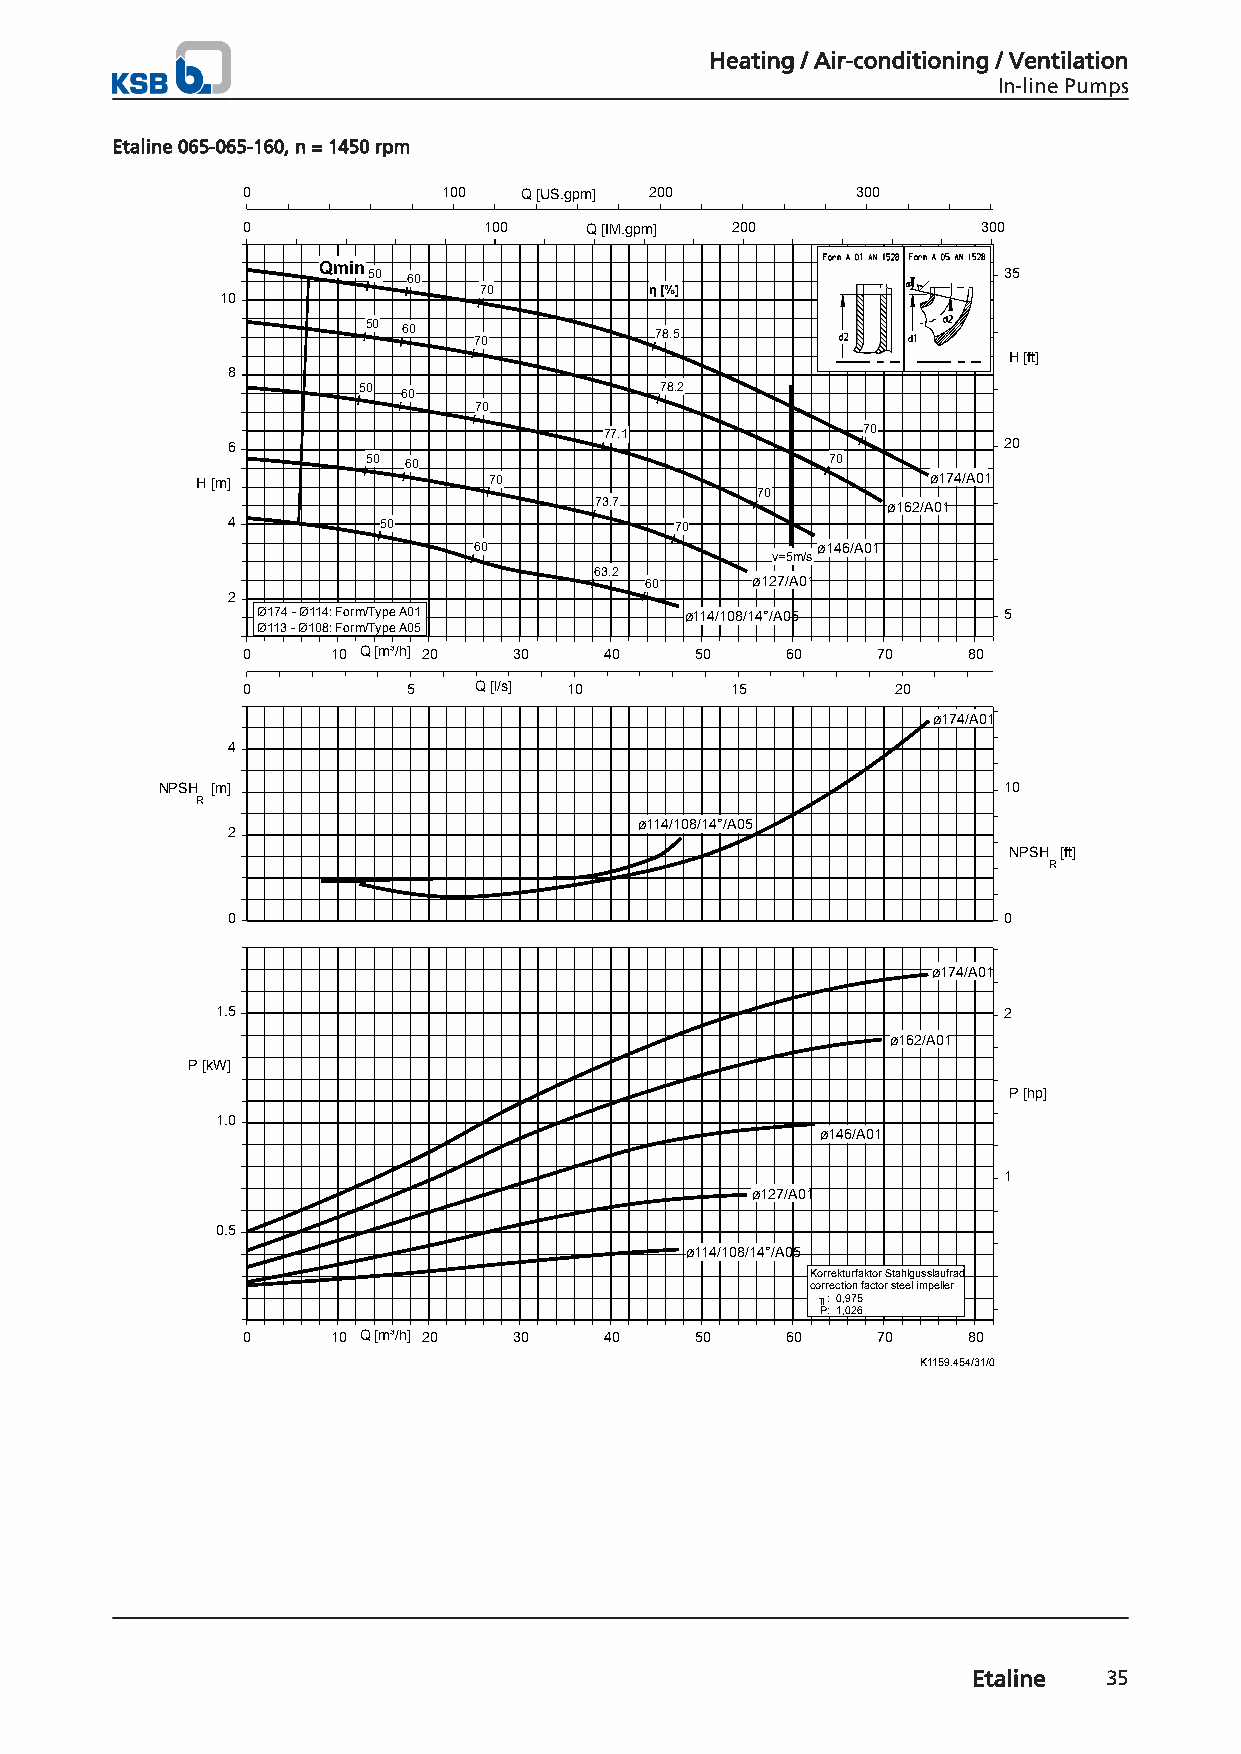
Heating / Air-conditioning / Ventilation
 In-line Pumps
 Etaline 065-065-160, n = 1450 rpm
 0            100   Q [US.gpm] 200        300
 0               100    Q [IM.gpm] 200            300
 Qmin
 50 60                                     35
 70         η [%]
 10
 50 60              78.5
 70
 H [ft]
 8
 50                  78.2
 60
 70
 77.1             70
 6                                                  20
 50 60                          70
 H [m]              70                            ø174/A01
 70
 73.7                ø162/A01
 4         50                  70
 60                     ø146/A01
 v=5m/s
 63.2
 60     ø127/A01
 2
 Ø174 - Ø114: Form/Type A01  ø114/108/14°/A05     5
 Ø113 - Ø108: Form/Type A05
 0     10 Q [m³/h] 20 30 40    50    60    70    80
 0          5   Q [l/s] 10       15         20
 ø174/A01
 4
 NPSH [m]                                                10
 R
 ø114/108/14°/A05
 2
 NPSH [ft]
 R
 0                                                  0
 ø174/A01
 1.5                                                 2
 ø162/A01
 P [kW]
 P [hp]
 1.0
 ø146/A01
 1
 ø127/A01
 0.5
 ø114/108/14°/A05
 Korrekturfaktor Stahlgusslaufrad
 correction factor steel impeller
 ╖: 0,975
 P: 1,026
 0     10 Q [m³/h] 20 30 40    50    60    70    80
 K1159.454/31/0
 Etaline  35